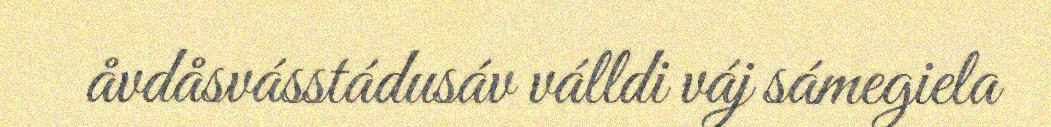
åvdåsvásstádusáv válldi váj sámegiela